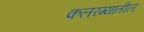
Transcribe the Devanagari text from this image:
कलरग्यातील